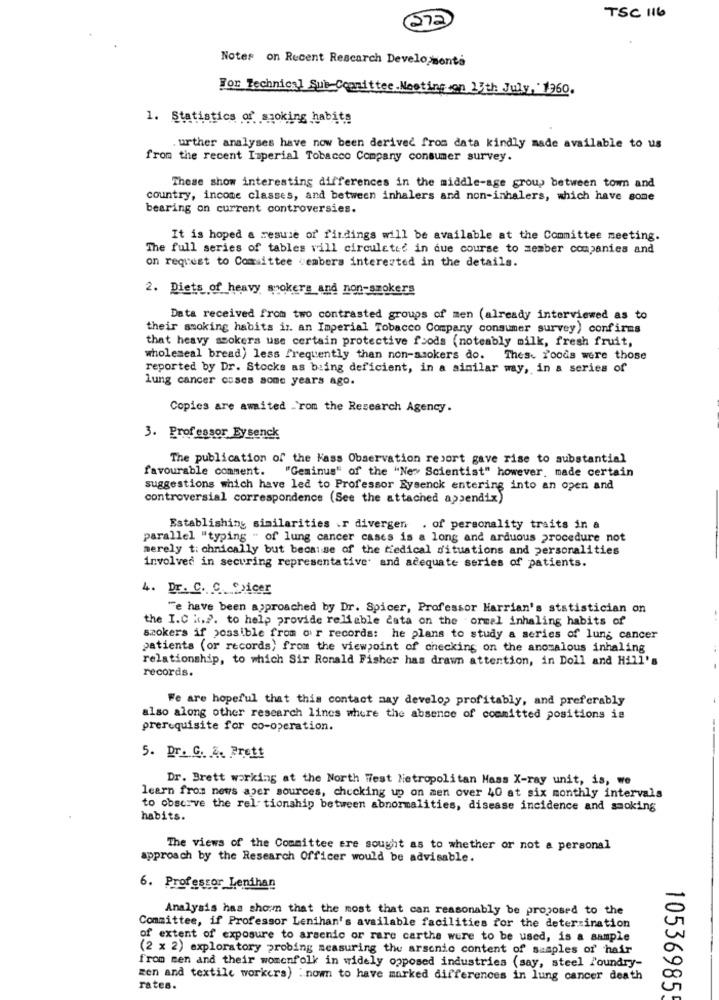
672
TSC 116
Notes on Recent Rescarch Develo monto
For Technical Sub Committee Meeting on 13th July, 1960.
1. Statistics of smoking habite
urther analyses have now been derived from data kindly made available to us
from the recent Imperial Tobacco Company consumer survey.
These show interesting differences in the middle-age group between town and
country, income classes, and between inhalers and non-inhalers, which have some
bearing on current controversies.
It is hoped a resume or findings will be available at the Committee meeting.
The full series of tables vill circuleted in due course to member companies and
on request to Committee cembers interested in the details.
2. Diets of heavy spokers and non-smokers
Data received from two contrasted groups of men (already interviewed as to
their smoking habits ir. an Imperial Tobacco Company consumer survey) confirms
that heavy smokers use certain protective foods (noteably milk, fresh fruit,
wholemeal bread) less frequently than non-smokers do. Thes- Foods were those
reported by Dr. Stocks as buing deficient, in a similar way, in a series of
lung cancer coses some years ago.
Copies are awaited -rom the Research Agency.
3. Professor Ey senck
The publication of the Kass Observation resort gave rise to substantial
favourable comment. "Geminus" of the "New Scientist" however, made certain
suggestions which have led to Professor Eysenck entering into an open and
controversial correspondence (See the attached appendix)
Establishing similarities .r divergen . of personality traits in a
parallel "typing - of lung cancer cases is a long and arduous procedure not
merely t: chnically but because of the tiedical d'ituations and personalities
involved in securing representative and adequate series of patients.
4. Dr. C. C. Cxicer
Te have been approached by Dr. Spicer, Professor Harrian's statistician on
the I.C k.P. to help provide reliable cata on the ormel inhaling habits of
smokers if possible from our records: he plans to study a series of lung cancer
patients (or records) from the viewpoint of checking on the anomalous inhaling
relationship, to which Sir Ronald Fisher has drawn attention, in Doll and Hill's
records.
Fe are hopeful that this contact may develop profitably, and preferably
also along other research lines where the absence of committed positions is
prerequisite for co-operation.
5. Dr. G. 4. Brett
Dr. Brett working at the North West Metropolitan Mass X-ray unit, is, we
learn from news aper sources, checking up on men over 40 at six monthly intervals
to observe the relationship between abnormalities, disease incidence and smoking
habits.
The views of the Committee are sought as to whether or not a personal
approach by the Research Officer would be advisable.
6. Professor Lenihan
Analysis has shom that the most that can reasonably be proposed to the
Committee, if Professor Lenihan's available facilities for the determination
of extent of exposure to arsenic or rare carthe were to be used, is a sample
(2 x 2) exploratory probing measuring the arsenic content of samples of hair
from men and their womenfolk in widely opposed industries (say, steel Poundry-
zen and textile workers) :nom to have marked differences in lung cancer death
rates.
10536985